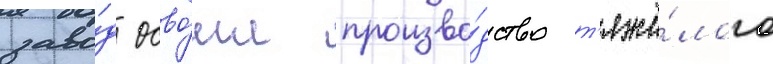
заво́д осво́ил произво́дство т'яжё́лого